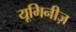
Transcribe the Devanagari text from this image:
यूमिनीज़